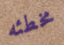
مخطئه